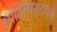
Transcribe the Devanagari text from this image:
आदित्यहृदयम